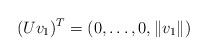
LaTeX: \begin{align*}(U v_1)^T = (0, \dots, 0 , \| v_1 \| ) \end{align*}